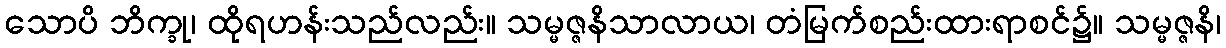
သောပိ ဘိက္ခု၊ ထိုရဟန်းသည်လည်း။ သမ္မဇ္ဇနိသာလာယ၊ တံမြက်စည်းထားရာစင်၌။ သမ္မဇ္ဇနိ၊